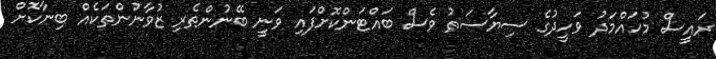
ރައީސް މުހައްމަދު ވަހީދުގެ ސިޔާސަތު ވެސް ބައްޓަންކޮށްފައި ވަނީ ބޭނުންތެރި ޒުވާނުންތަކެއް ބިނާކޮށް